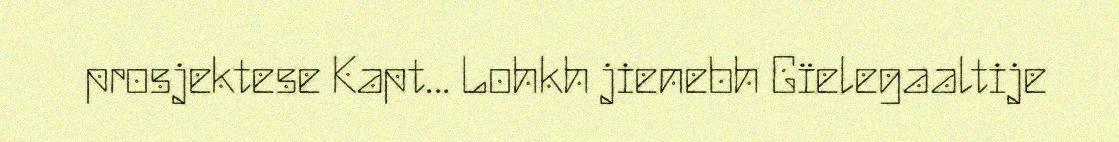
prosjektese Kapt... Lohkh jienebh Gïelegaaltije